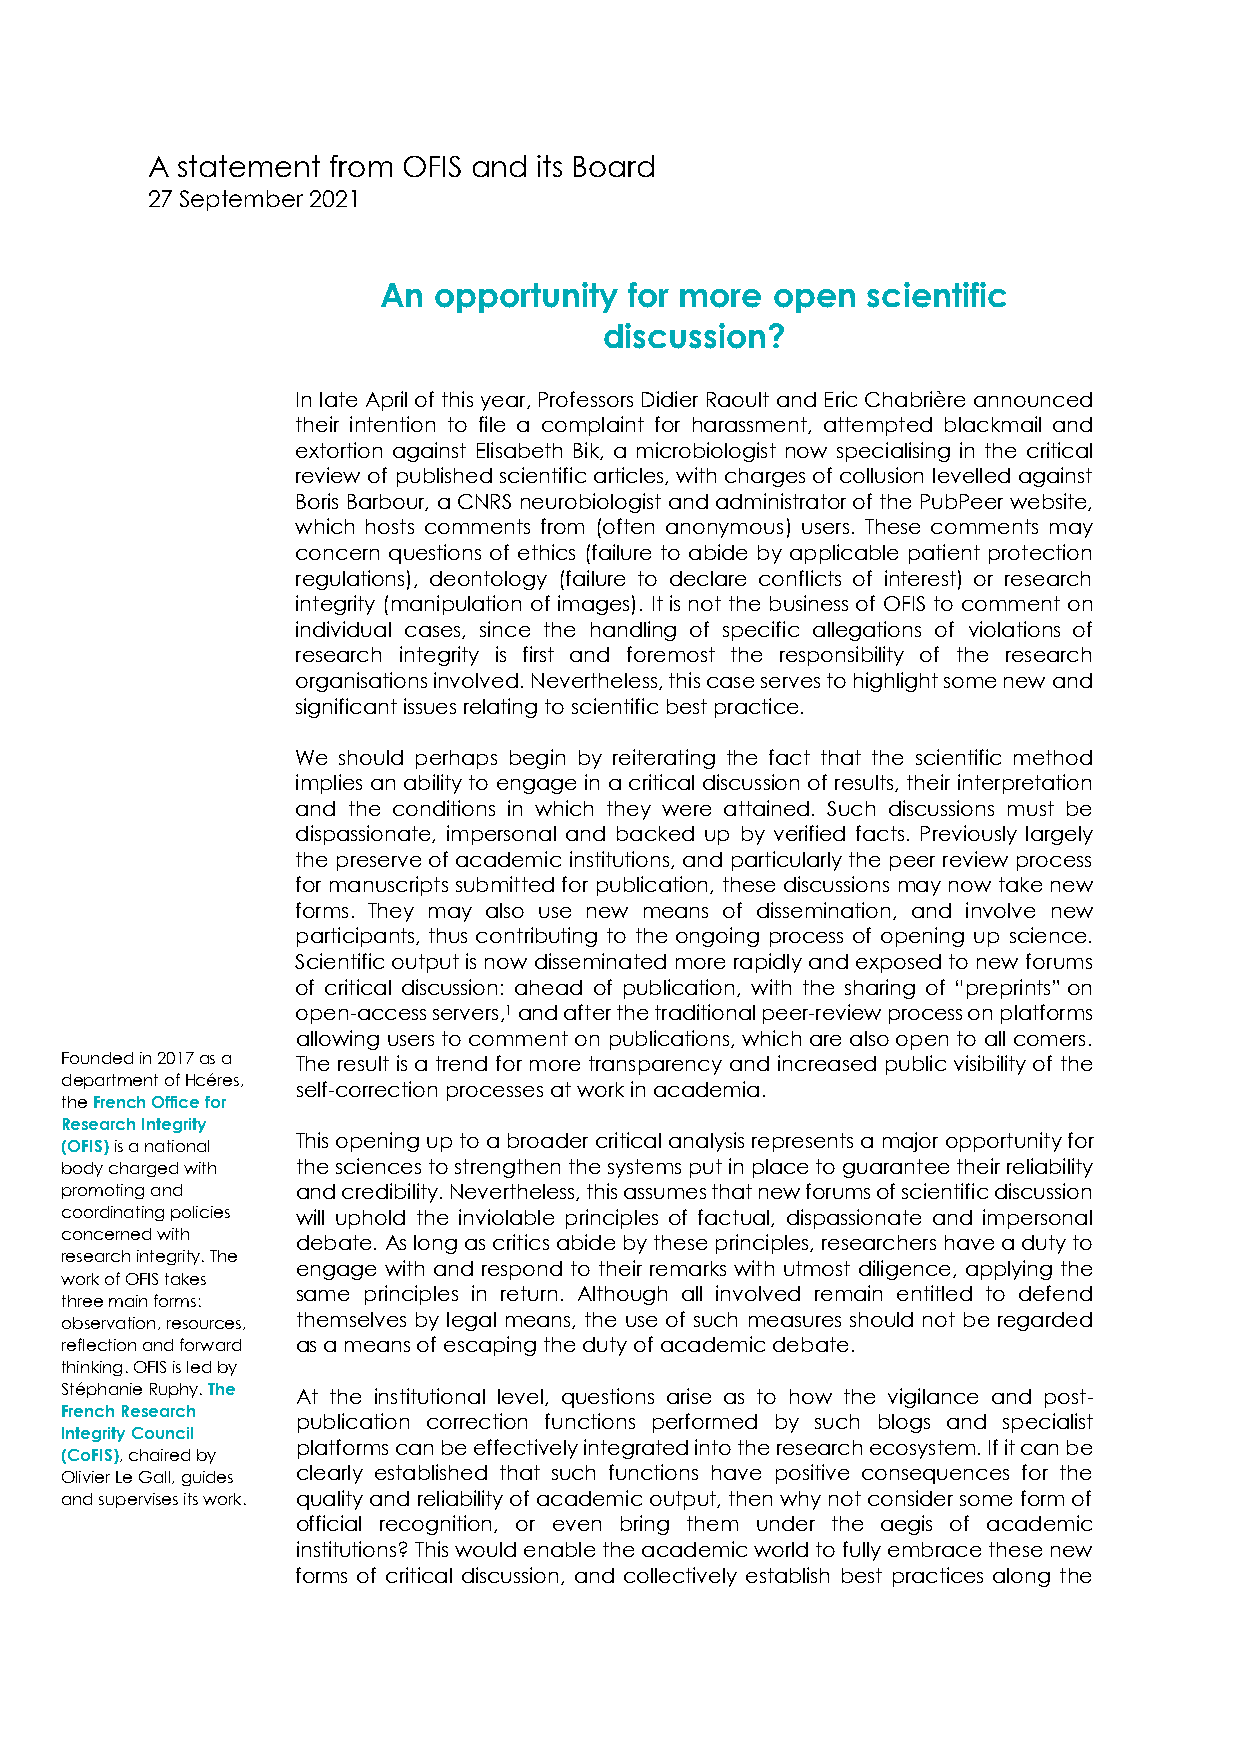
A statement from OFIS and its Board
 27 September 2021
 An  opportunity  for more open  scientific
 discussion?
 In late April of this year, Professors Didier Raoult and Eric Chabrière announced
 their intention to file a complaint for harassment, attempted blackmail and
 extortion against Elisabeth Bik, a microbiologist now specialising in the critical
 review of published scientific articles, with charges of collusion levelled against
 Boris Barbour, a CNRS neurobiologist and administrator of the PubPeer website,
 which hosts comments from (often anonymous) users. These comments may
 concern questions of ethics (failure to abide by applicable patient protection
 regulations), deontology (failure to declare conflicts of interest) or research
 integrity (manipulation of images). It is not the business of OFIS to comment on
 individual cases, since the handling of specific allegations of violations of
 research integrity is first and foremost the responsibility of the research
 organisations involved. Nevertheless, this case serves to highlight some new and
 significant issues relating to scientific best practice.
 We should perhaps begin by reiterating the fact that the scientific method
 implies an ability to engage in a critical discussion of results, their interpretation
 and the conditions in which they were attained. Such discussions must be
 dispassionate, impersonal and backed up by verified facts. Previously largely
 the preserve of academic institutions, and particularly the peer review process
 for manuscripts submitted for publication, these discussions may now take new
 forms. They may also use new means of dissemination, and involve new
 participants, thus contributing to the ongoing process of opening up science.
 Scientific output is now disseminated more rapidly and exposed to new forums
 of critical discussion: ahead of publication, with the sharing of “preprints” on
 open-access servers,1 and after the traditional peer-review process on platforms
 allowing users to comment on publications, which are also open to all comers.
 Founded in 2017 as a The result is a trend for more transparency and increased public visibility of the
 department of Hcéres,
 self-correction processes at work in academia.
 the French Office for
 Research Integrity
 This opening up to a broader critical analysis represents a major opportunity for
 (OFIS) is a national
 body charged with the sciences to strengthen the systems put in place to guarantee their reliability
 promoting and   and credibility. Nevertheless, this assumes that new forums of scientific discussion
 coordinating policies will uphold the inviolable principles of factual, dispassionate and impersonal
 concerned with
 debate. As long as critics abide by these principles, researchers have a duty to
 research integrity. The
 engage with and respond to their remarks with utmost diligence, applying the
 work of OFIS takes
 same principles in return. Although all involved remain entitled to defend
 three main forms:
 observation, resources, themselves by legal means, the use of such measures should not be regarded
 reflection and forward as a means of escaping the duty of academic debate.
 thinking. OFIS is led by
 Stéphanie Ruphy. The At the institutional level, questions arise as to how the vigilance and post-
 French Research
 publication correction functions performed by such blogs and specialist
 Integrity Council
 platforms can be effectively integrated into the research ecosystem. If it can be
 (CoFIS), chaired by
 Olivier Le Gall, guides clearly established that such functions have positive consequences for the
 and supervises its work. quality and reliability of academic output, then why not consider some form of
 official recognition, or even bring them under the aegis of academic
 institutions? This would enable the academic world to fully embrace these new
 forms of critical discussion, and collectively establish best practices along the